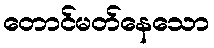
တောင်မတ်နေသော